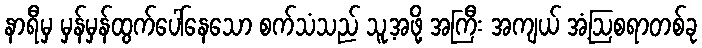
နာရီမှ မှန်မှန်ထွက်ပေါ်နေသော စက်သံသည် သူ့အဖို့ အကြီး အကျယ် အံ့ဩစရာတစ်ခု